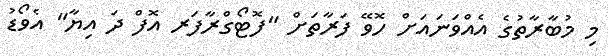
މި މުބާރާތުގެ އެއްވަނައަށް ހޮވޭ ފަރާތަށް "ފޮޓޯގްރާފަރ އޮފް ދަ އިޔާ" އެވޯޑު